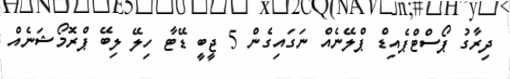
ދިރާގު ޕޯސްޓްޕެއިޑް ޕްލޭނެއް ނަގައިގެން 5 ޖީބީ ޑޭޓާ ހިލޭ ލިބޭ ޕްރޮމޯޝަނެއް